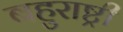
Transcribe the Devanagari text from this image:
बहुराष्ट्री